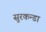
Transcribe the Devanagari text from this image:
सुरकन्डा